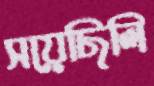
সয়েছিলি